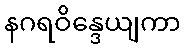
နဂရဝိန္ဒေယျကာ